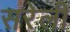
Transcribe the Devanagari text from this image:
सरेली